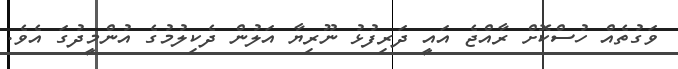
ވަގުތެއް ހުސްކޮށް ރާއްޖެ އައީ ދަރިފުޅު ނޫރިޔާ އަލުން ދެކިލުމުގެ އުންމީދުގަ އެވެ.